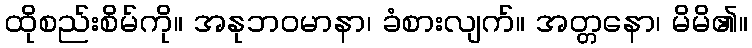
ထိုစည်းစိမ်ကို။ အနုဘဝမာနာ၊ ခံစားလျက်။ အတ္တနော၊ မိမိ၏။